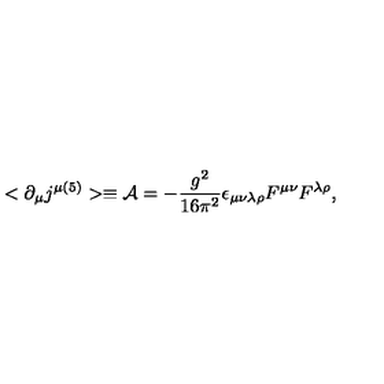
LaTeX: < \partial _ { \mu } j ^ { \mu ( 5 ) } > \equiv { \cal A } = - { \frac { g ^ { 2 } } { 1 6 \pi ^ { 2 } } } \epsilon _ { \mu \nu \lambda \rho } F ^ { \mu \nu } F ^ { \lambda \rho } ,